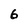
Character: 6